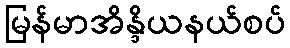
မြန်မာအိန္ဒိယနယ်စပ်